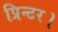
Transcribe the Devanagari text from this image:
प्रिन्टर।